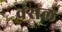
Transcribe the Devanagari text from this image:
वंसल